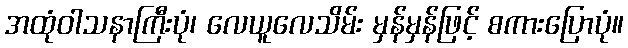
အထုံဝါသနာကြီးပုံ၊ လေယူလေသိမ်း မှန်မှန်ဖြင့် စကားပြောပုံ။